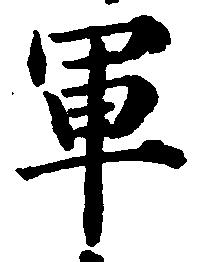
軍